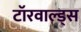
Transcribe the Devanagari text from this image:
टॉरवाल्ड्स